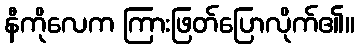
နီကိုလေက ကြားဖြတ်ပြောလိုက်၏။